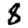
Digit: 8